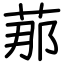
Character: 𦰡